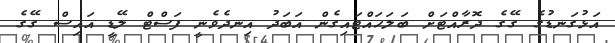
އަޅުގަނޑުގެ ގޭގެ ދޮރާއްޓަށް ބަަލަހައްޓައިގެން އަބަދު އިނދެވެނީ ފަސްޓް ލޭޑީ އައިސް ގޭގެ